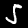
Label: 5